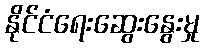
နိုင်ငံရေးဆွေးနွေးမှု